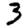
Digit: 3